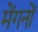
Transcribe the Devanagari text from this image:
मेंगनों